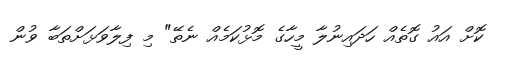
ކޮށް އައު ގޮތެއް ހަދައިނުލާ މީހާގެ މޮޅުކަމެއް ނެތޭ" މި ފިލާވަޅަށްތަބާ ވުން